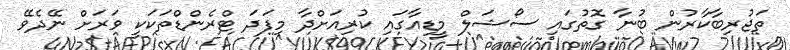
ތަޖުރިބާކާރުން ބުނާ ގޮތުގައި ސޯޝަލް މީޑިއާގައި ކުރިއަށްދާ މިފަދަ ޓްރެންޑްތަކަކީ ވަރަށް ނޭދެވޭ